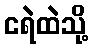
ငရဲထဲသို့